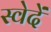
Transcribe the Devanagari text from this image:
स्वेदें